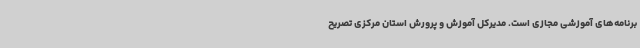
برنامه‌های آموزشی مجازی است. مدیرکل آموزش و پرورش استان مرکزی تصریح